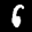
Label: 6